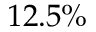
1 2 . 5 \%